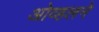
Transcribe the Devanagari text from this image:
ओव्हलने